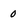
Character: 0